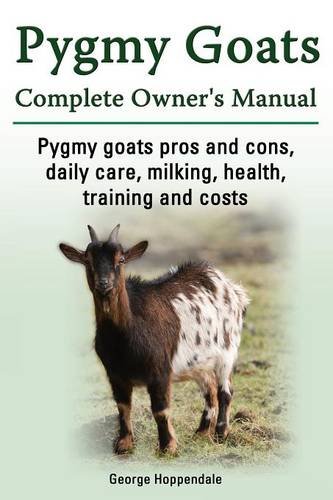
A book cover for Pygmy Goats. Pygmy Goats Pros and Cons, Daily Care, Milking, Health, Training and Costs. Pygmy Goats Complete Owner's Manual.; George Hoppendale; Crafts, Hobbies & Home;